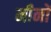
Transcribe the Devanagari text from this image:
मीनों